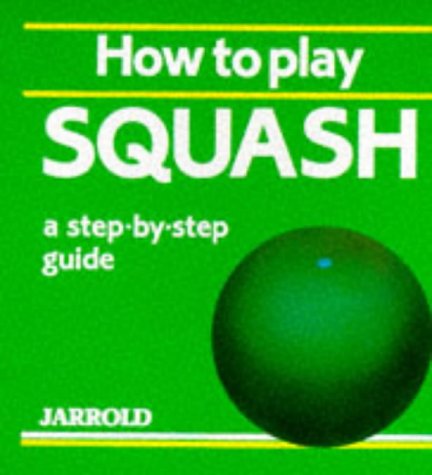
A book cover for How to Play Squash: A Step-By-Step Guide (Jarrold Sports); Sports & Outdoors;